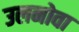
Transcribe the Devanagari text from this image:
उलनोवा